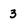
Character: 3